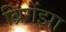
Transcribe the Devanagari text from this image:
ब्रिगेंझा